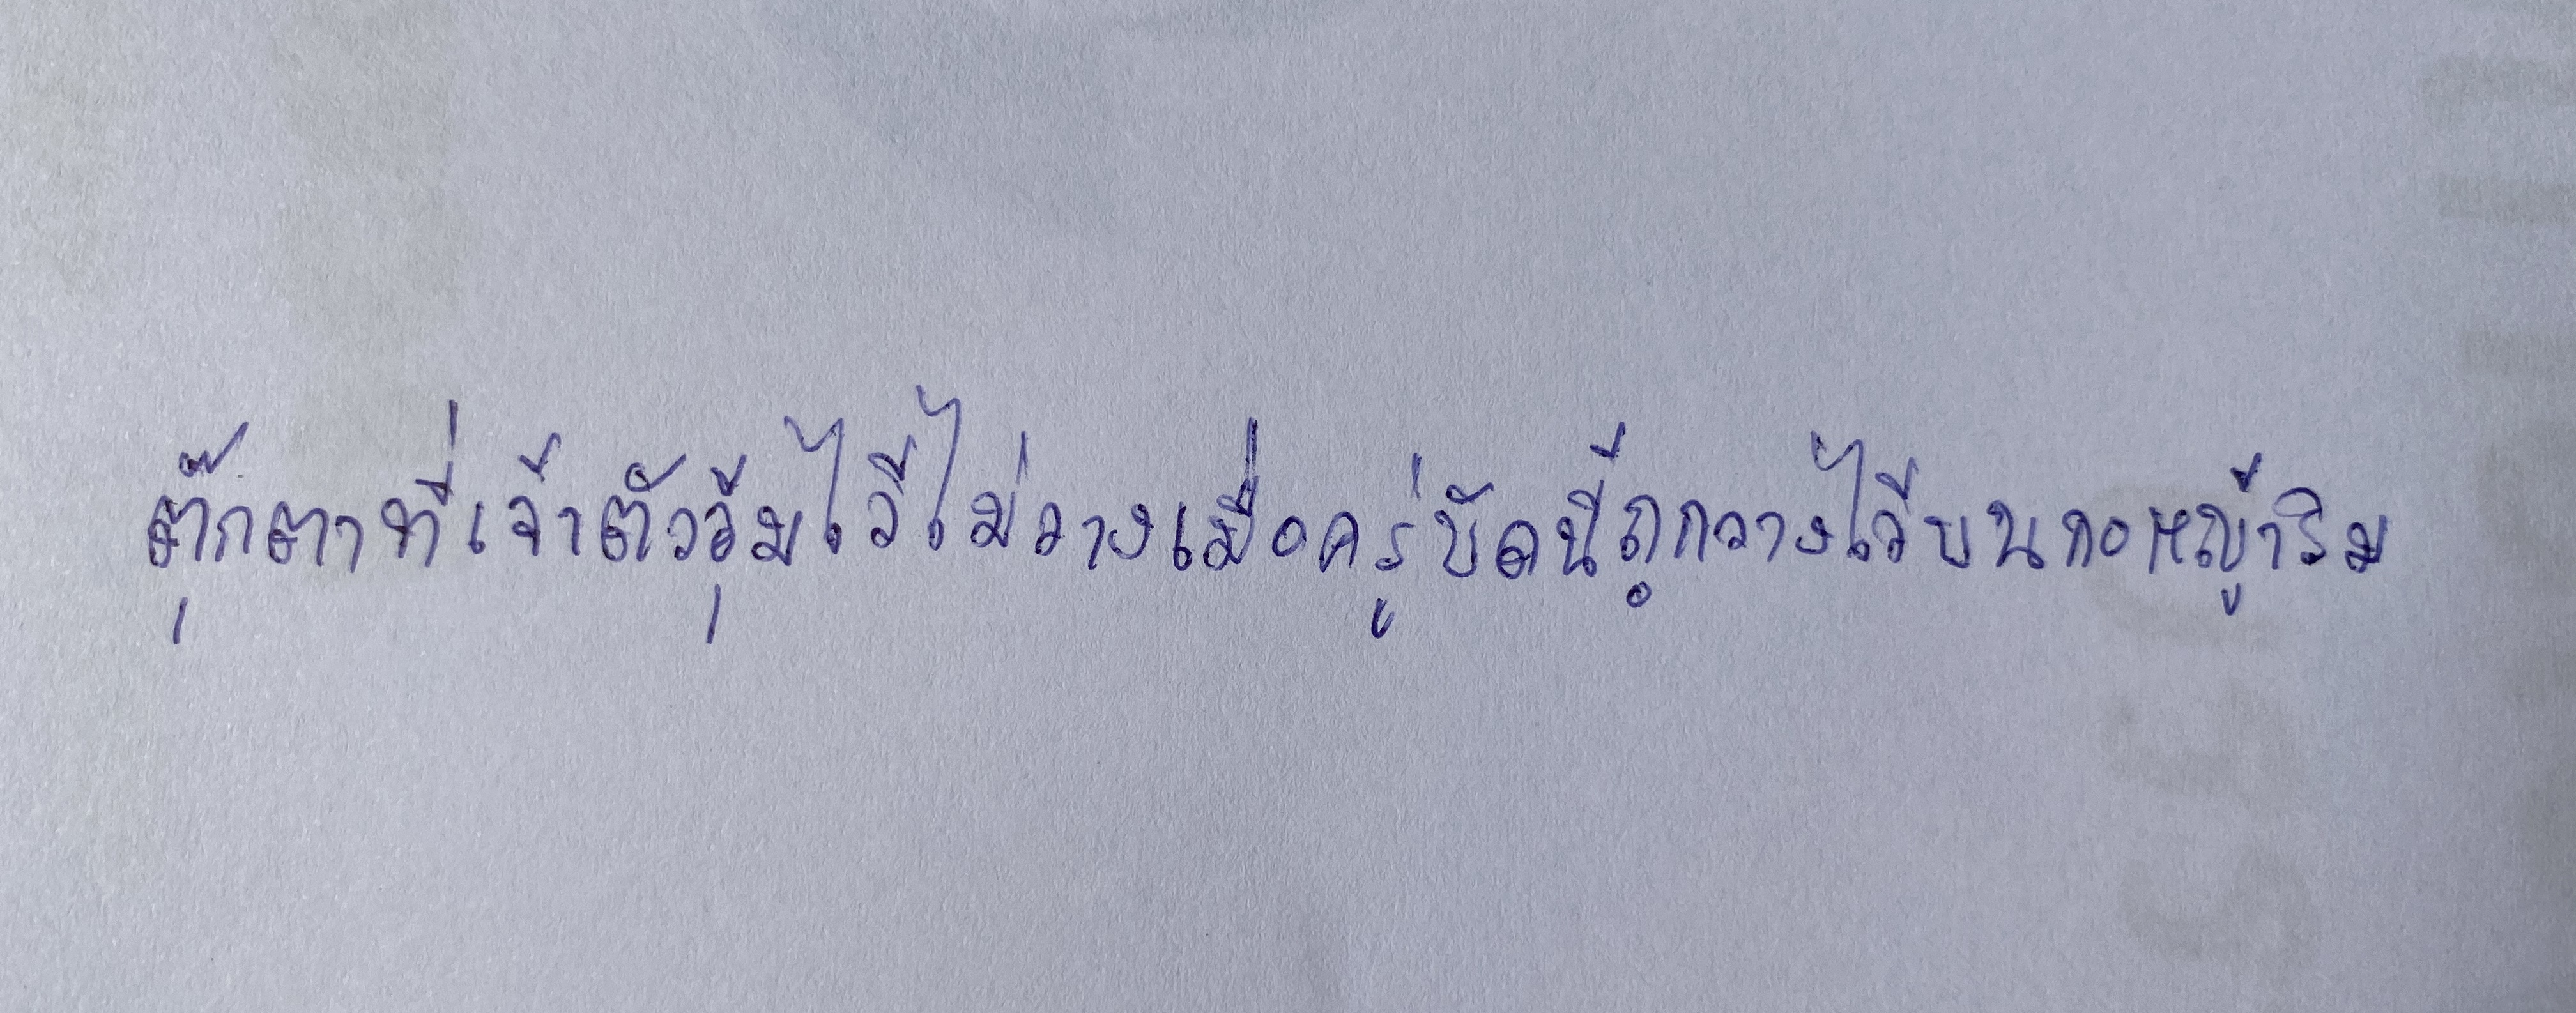
ตุ๊กตาที่เจ้าตัวอุ้มไว้ไม่วางเมื่อครู่บัดนี้ถูกวางไว้บนกอหญ้าริม